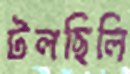
টলছিলি